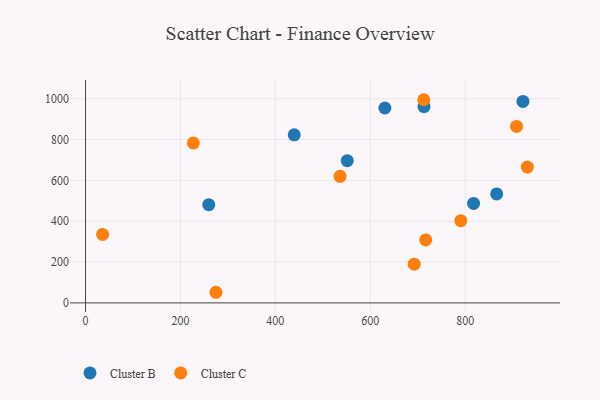
{"axis": {"x": "Distance", "y": "Exam Score"}, "legend": ["Cluster B", "Cluster C"], "data": [{"x": "551.5", "y": 696.5, "type": "Cluster B"}, {"x": "817.6", "y": 487.0, "type": "Cluster B"}, {"x": "439.8", "y": 823.3, "type": "Cluster B"}, {"x": "921.6", "y": 986.9, "type": "Cluster B"}, {"x": "630.7", "y": 954.5, "type": "Cluster B"}, {"x": "713.2", "y": 961.5, "type": "Cluster B"}, {"x": "866.3", "y": 533.9, "type": "Cluster B"}, {"x": "259.6", "y": 481.2, "type": "Cluster B"}, {"x": "692.5", "y": 189.7, "type": "Cluster C"}, {"x": "36.0", "y": 335.2, "type": "Cluster C"}, {"x": "274.8", "y": 52.0, "type": "Cluster C"}, {"x": "908.2", "y": 864.3, "type": "Cluster C"}, {"x": "227.1", "y": 783.4, "type": "Cluster C"}, {"x": "536.3", "y": 620.0, "type": "Cluster C"}, {"x": "716.8", "y": 308.4, "type": "Cluster C"}, {"x": "931.0", "y": 665.4, "type": "Cluster C"}, {"x": "712.6", "y": 995.1, "type": "Cluster C"}, {"x": "790.8", "y": 402.8, "type": "Cluster C"}]}